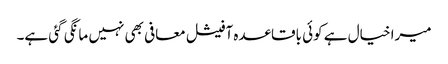
میرا خیال ہے کوئی باقاعدہ آفیشل معافی بھی نہیں مانگی گئی ہے۔